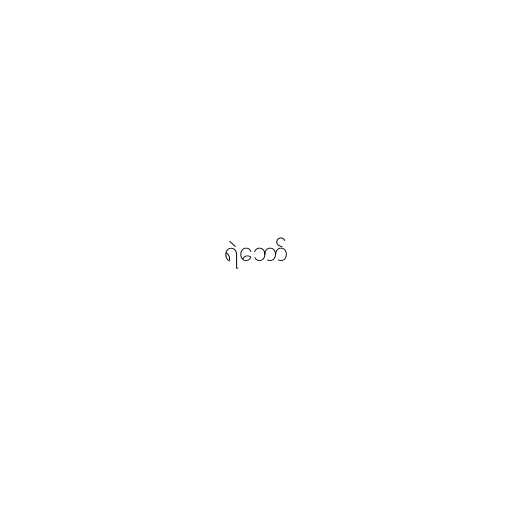
ရဲဘော်